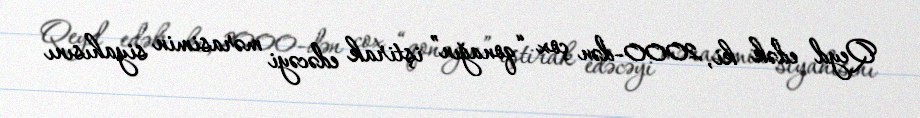
Qeyd edək ki, 2000-dən çox “qonağın” iştirak edəcəyi mərasimin siyahısını